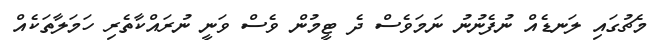
މެޗުގައި ލަނޑެއް ނުފެނުނު ނަމަވެސް ދެ ޓީމުން ވެސް ވަނީ ނުރައްކާތެރި ހަމަލާތަކެއް